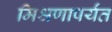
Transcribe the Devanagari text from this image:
मिश्रणापर्यंत